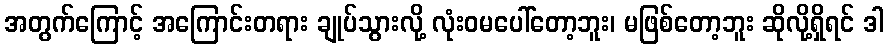
အတွက်ကြောင့် အကြောင်းတရား ချုပ်သွားလို့ လုံးဝမပေါ်တော့ဘူး၊ မဖြစ်တော့ဘူး ဆိုလို့ရှိရင် ဒါ